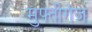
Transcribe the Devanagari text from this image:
मुफ्तीगंज